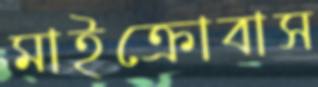
মাইক্রোবাস